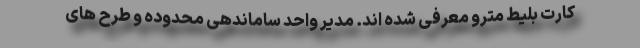
کارت بلیط مترو معرفی شده اند. مدیر واحد ساماندهی محدوده و طرح های